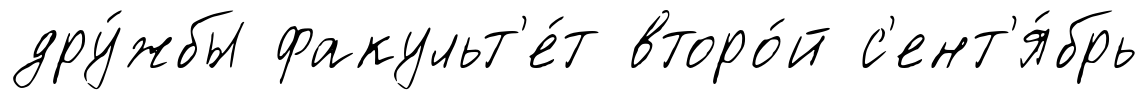
дру́жбы факульт'е́т второ́й с'ент'я́брь